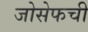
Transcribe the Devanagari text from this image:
जोसेफची